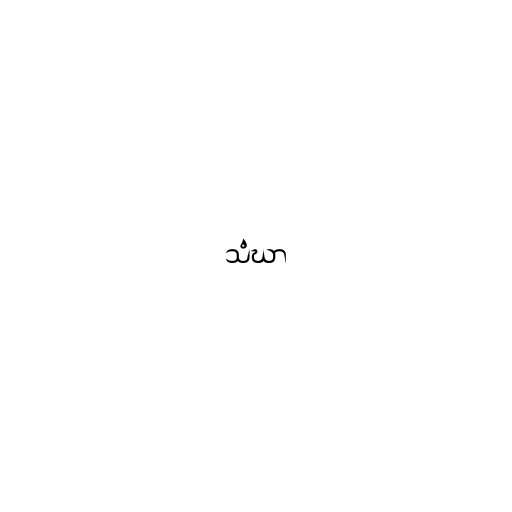
သံဃာ